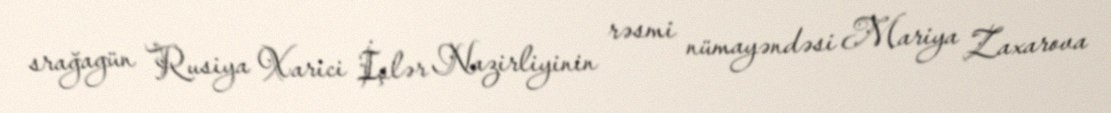
srağagün Rusiya Xarici İşlər Nazirliyinin rəsmi nümayəndəsi Mariya Zaxarova